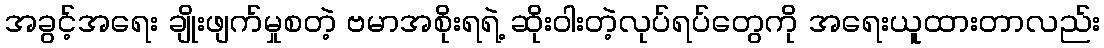
အခွင့်အရေး ချိုးဖျက်မှုစတဲ့ ဗမာအစိုးရရဲ့ ဆိုးဝါးတဲ့လုပ်ရပ်တွေကို အရေးယူထားတာလည်း